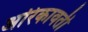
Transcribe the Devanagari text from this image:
अरिकावती